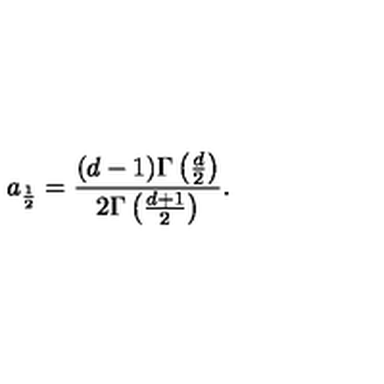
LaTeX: a _ { \frac 1 2 } = \frac { ( d - 1 ) \Gamma \left( \frac { d } 2 \right) } { 2 \Gamma \left( \frac { d + 1 } 2 \right) } .